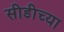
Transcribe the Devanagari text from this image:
सीडीच्या